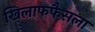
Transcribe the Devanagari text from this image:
खिलाफफैसला